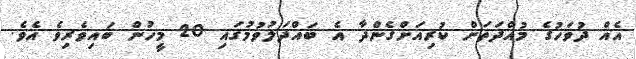
އެއް ދުވަހުގެ މުއްދަތަށް ކުރިއަށްގެންދާ އެ ބައްދަލުވުމުގައި 20 މީހުން ބައިވެރިވެ އެވެ.